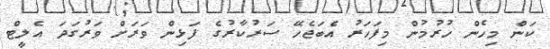
ކަން މިހެން ހުރުމުން މިފަހަރު އެބަޖެހޭ ސަރުކާރުގެ ފަޅިން ވަރަށް ވަރުގަދަ އެލީޓް